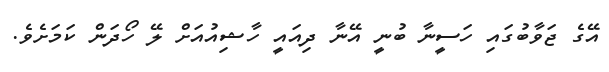
އޭގެ ޖަވާބުގައި ހަސީނާ ބުނީ އޭނާ ދިއައީ ހާޝިއުއަށް ލޭ ހޯދަން ކަމަށެވެ.